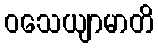
ဝသေယျာမာတိ